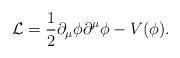
LaTeX: \begin{align*}{\cal L}=\frac 12\partial _\mu \phi \partial ^\mu \phi -V(\phi).\end{align*}